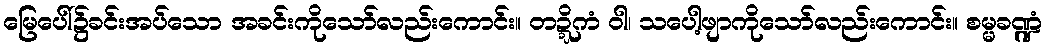
မြေပေါ်၌ခင်းအပ်သော အခင်းကိုသော်လည်းကောင်း။ တဍ္ဍိကံ ဝါ၊ သပေါ့ဖျာကိုသော်လည်းကောင်း။ စမ္မခဏ္ဍံ